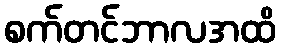
စက်တင်ဘာလအထိ